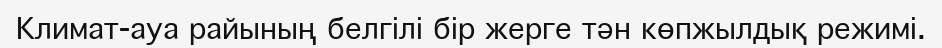
Климат-ауа райының белгілі бір жерге тән көпжылдық режимі.